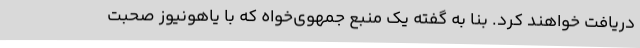
دریافت خواهند کرد. بنا به گفته یک منبع جمهوی‌خواه که با یاهونیوز صحبت